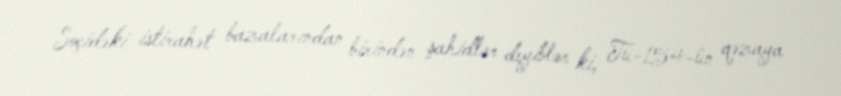
Soçidəki istirahət bazalarından birindən şahidlər deyiblər ki, Tu-154-ün qəzaya